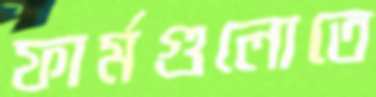
ফার্মগুলোতে